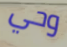
وحي